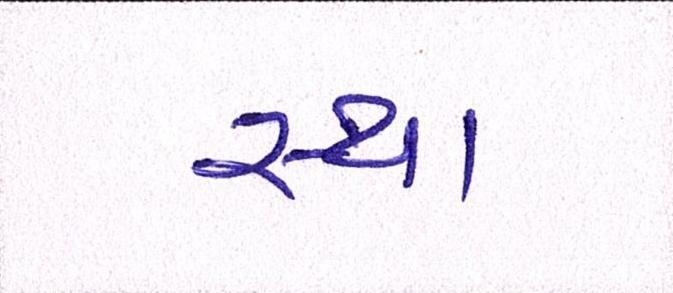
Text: સ્થા